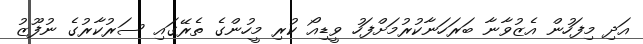
އަދި މިފަހުން އެޒުވާނާ ބަރަހަނާކުރުމަށްފަހު ވީޑިއޯ ކުރި މީހުންގެ ތެރޭގައި ސަރުކާރުގެ ނުފޫޒު